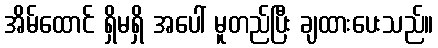
အိမ်ထောင် ရှိမရှိ အပေါ် မူတည်ပြီး ချထားပေးသည်။